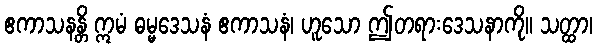
ဧကာသနန္တိ ဣမံ ဓမ္မဒေသနံ ဧကာသနံ၊ ဟူသော ဤတရားဒေသနာကို။ သတ္ထာ၊